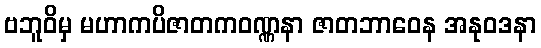
ဗဘူဝိမှ မဟာကပိဇာတကဝဏ္ဏနာ ဇာတဘာဝေန အနုဝဒနာ